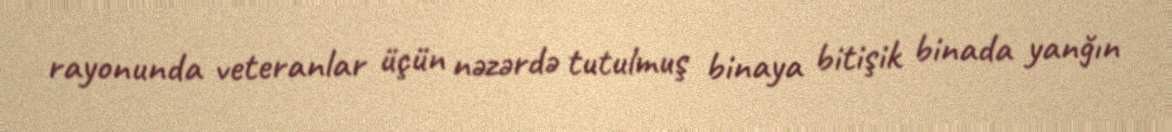
rayonunda veteranlar üçün nəzərdə tutulmuş binaya bitişik binada yanğın